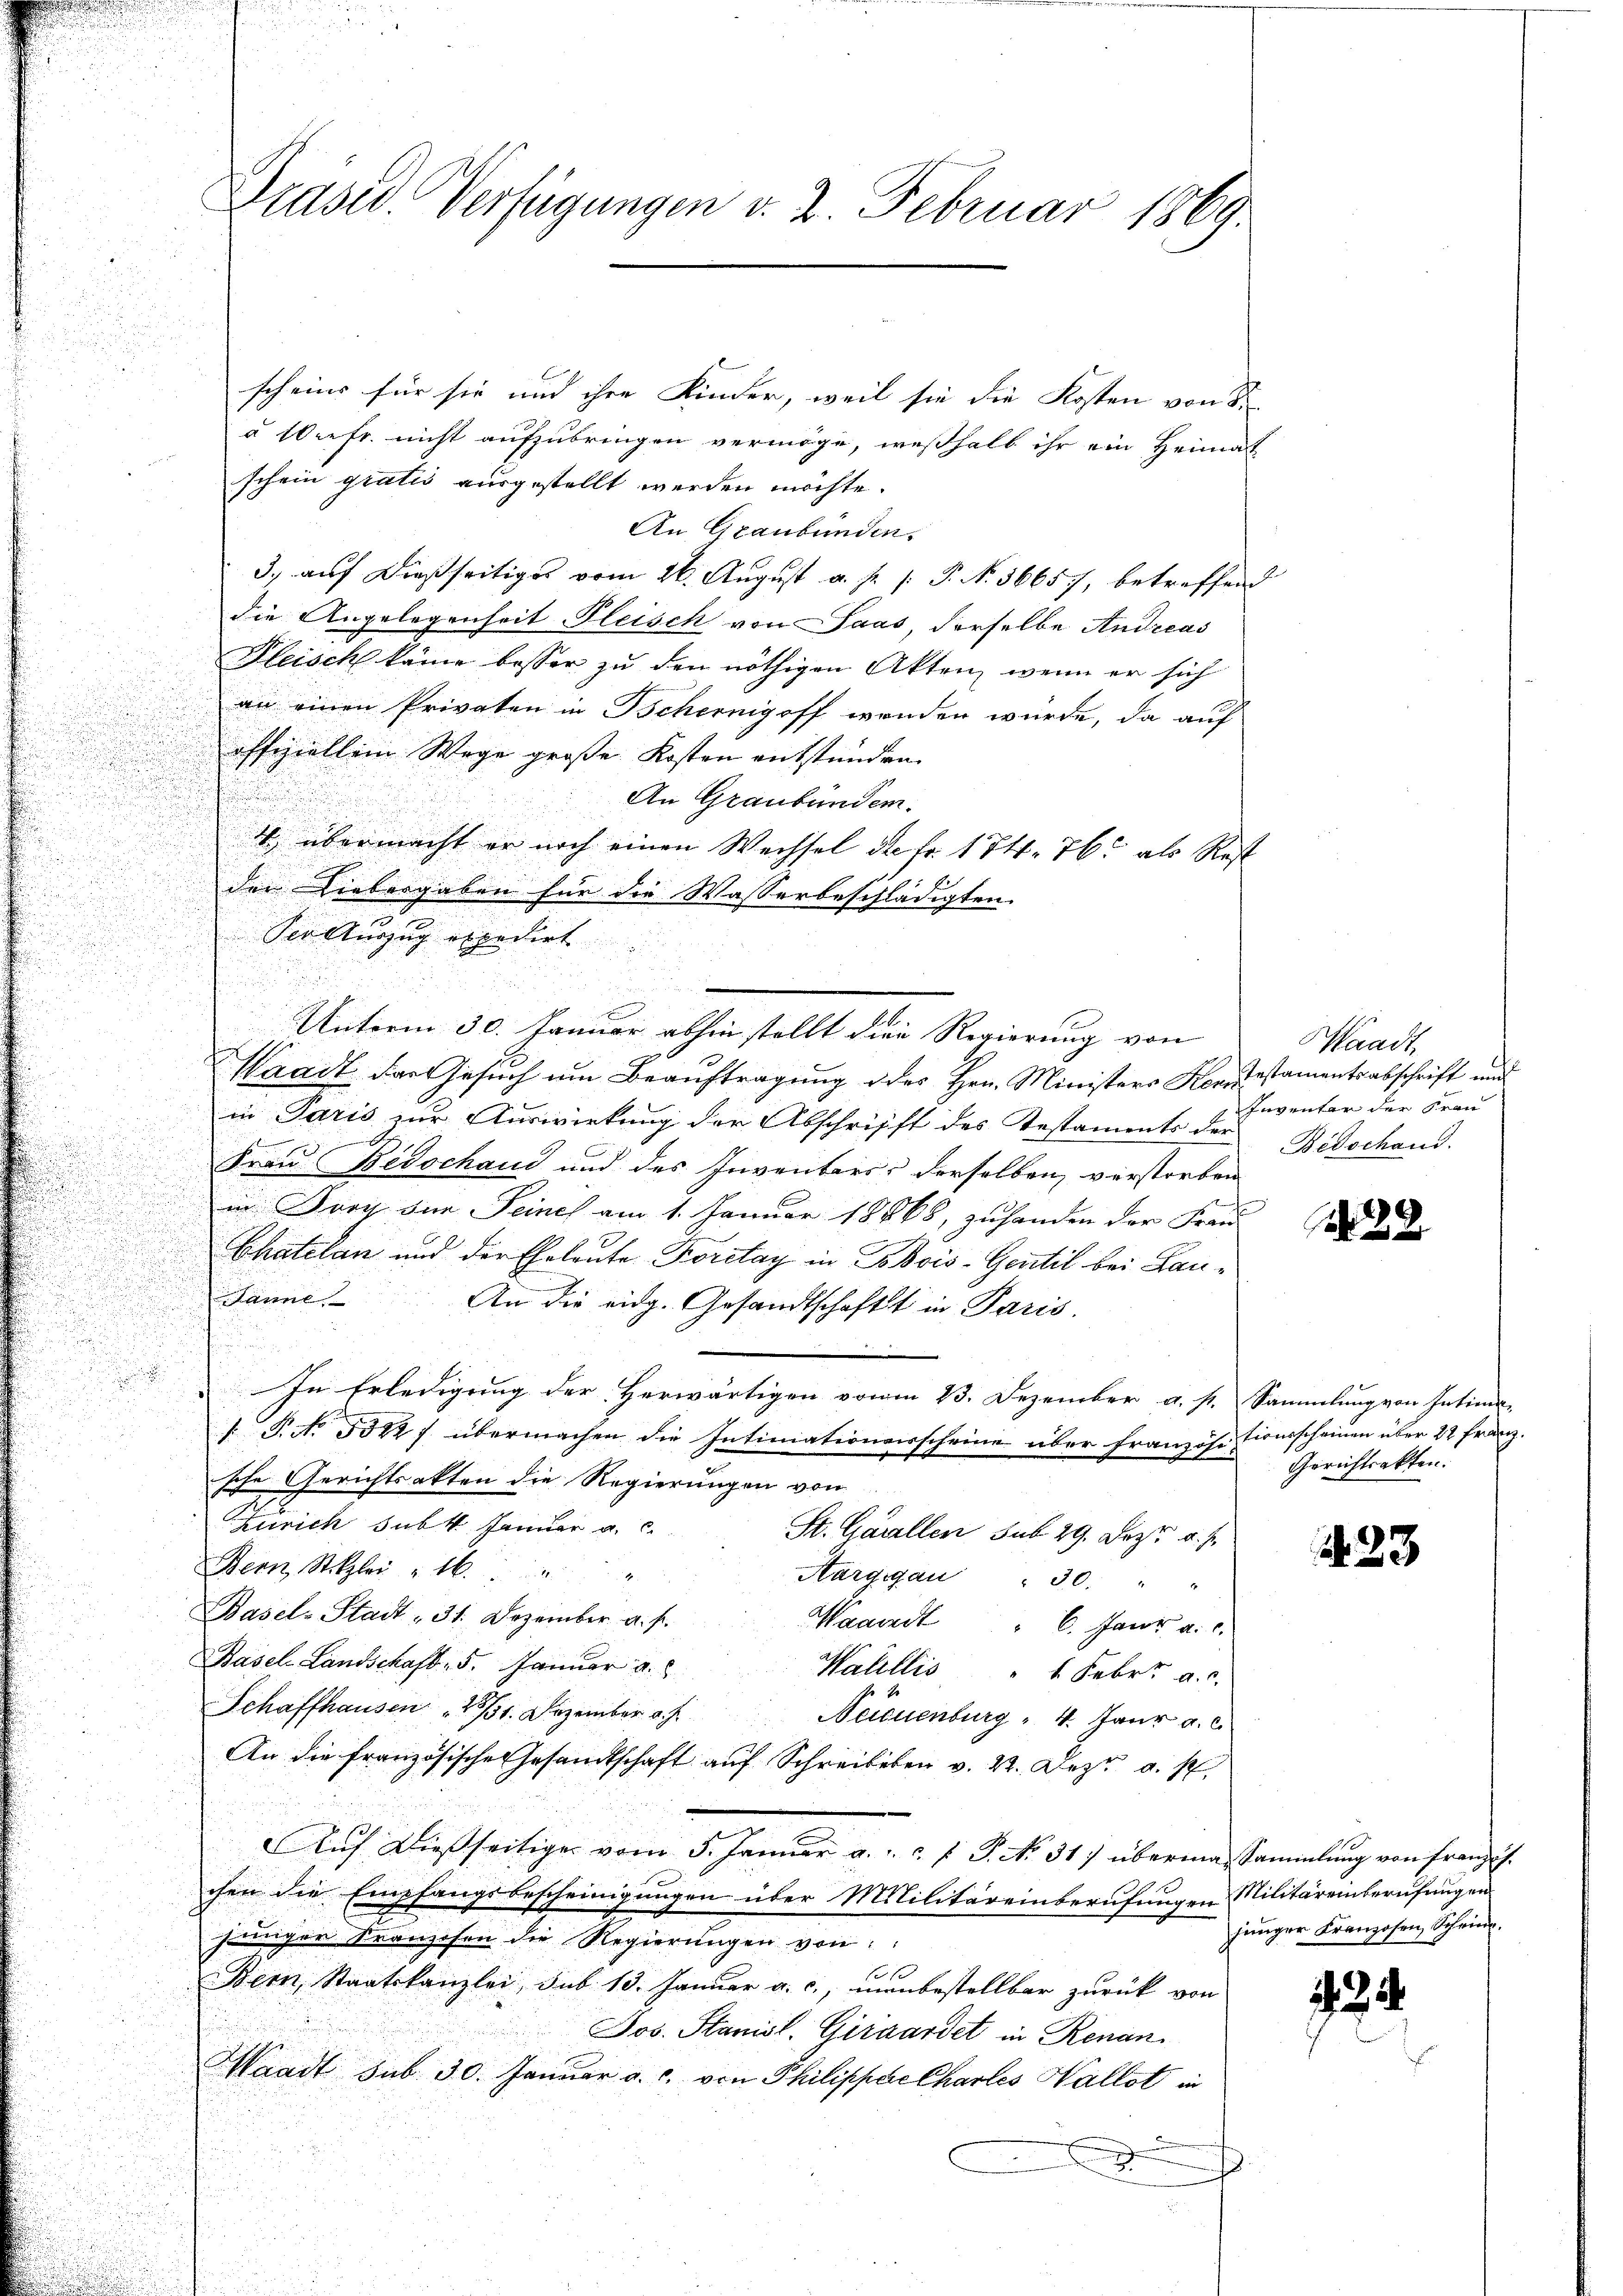
scheins für sie und ihre Kinder, weil sie die Kosten von S
à 1Orefr. nicht aufzubringen vermöge, weßhalb ihr ein Heimat
schein gratis ausgestellt werden möchte.
An Graubünden.
3) auf dießseitiges vom 26. August a. p. P. N. 36657, betreffend
die Angelegenheit Fleisch von Saas, derselbe Andreas
Fleisch käme besser zu den nöthigen Akten, wenn er sich
an einen Privaten in Tschernigoff wenden würde, da auf
offiziellem Wege große Kosten entstünden.
An Graubünden.

4. übermacht er noch einen Wechsel der Fr. 174. 76 als Rest
der Liebergaben für die Wasserbeschlädigten.
.

Der Auszug expedirt
u
.
e
Unterm 30. Januar abhin stellt die Regierung von
.
.
u
Waadt das Gesuch um Beauftragung des Hrn. Ministers Korrestamentsabschrift und
in Paris zur Auswirkung der Abschrifft des Testaments der
Frau Betschaud und des Inventaris derselben verstorben
u
in Durch die Seines am 1. Januar 18868, zu handen der Frau
Chatelan und der Eheleute Koretay in Bhois-Gentil bei Lau¬
Janne
An die eidg. Gesandtschaft in Paris.
In Erledigung der Herwärtigen vom 13. Dezember a. p. Sammlung von Intima-
u
 P. No. 5312 f übermachen die Intimationserscheine über französitionsscheinen über 22 franz.
sche Gerichtsakten die Regierungen von
Zürich subk Januar a. c.
St. Gallen sub 29. Jezt u. s.
Bern Stizlei  16
Hargigau " 30. " "
Basel-Stadt - 31. Dezember a. f.
Waadt " 6. Janz a. c.
Basel Landschaft, 5. Januar a.
Wahllis 1 Febr. a. c.
Schaffhausen 1751. Dezember v. J.
Neicuenburg " 4. Janr a. c.
An die französische Gesandtschaft auf Schreibeben v. 22. Dez. a. p
Aŭf dießseitige vom 5. Janŭar a. .. . f. P. No. 31) überma-Sammlung von französ.
chen die Empfangsbescheinigungen über Mililitäreinberufungen Militäreinberufungen
jünger Kränzchen die Regierŭngen von
o 1
Bem, Staatskanzlei, sub. 13. Januar a. c., man bestellbar zurück von
Jos. Stanisl. Giraardet in Renan
Waadt sub. 30. Januar a. c. von Philippere Chartes Hallot in

Präser. Verfügungen v. 2. Februar 1869.

Waadt,
Inventar der Frau
Bidschand.

N 22

Gerichtsakten.

23

junger Franzosen Schrie

2